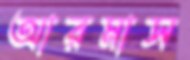
আরমাস